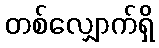
တစ်လျှောက်ရှိ